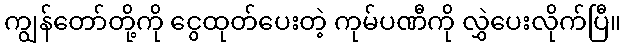
ကျွန်တော်တို့ကို ငွေထုတ်ပေးတဲ့ ကုမ်ပဏီကို လွှဲပေးလိုက်ပြီ။